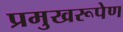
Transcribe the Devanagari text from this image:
प्रमुखरूपेण